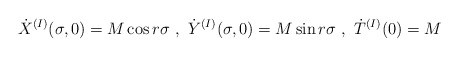
\begin{align*}{\dot{X}}^{(I)}(\sigma,0) = M\cos r\sigma~,~{\dot{Y}}^{(I)}(\sigma,0) = M\sin r\sigma ~,~{\dot{T}}^{(I)}(0) = M\end{align*}